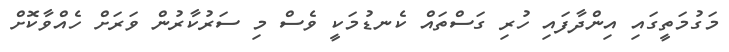
މަގުމަތީގައި އިންދާފައި ހުރި ގަސްތައް ކެނޑުމަކީ ވެސް މި ސަރުކާރުން ވަރަށް ހެއްވާކޮށް